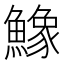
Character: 鱌